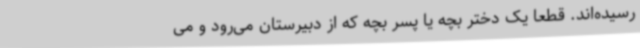
رسیده‌اند. قطعا یک دختر بچه یا پسر بچه که از دبیرستان می‌رود و می